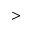
{ > }